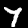
Label: 7